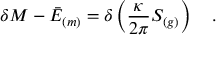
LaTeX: \delta M - \bar { \cal E } _ { ( m ) } = \delta \left( { \frac { \kappa } { 2 \pi } } S _ { ( g ) } \right) ~ ~ ~ .